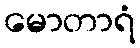
မောတာရံ